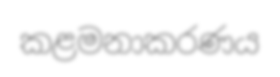
කළමනාකරණය